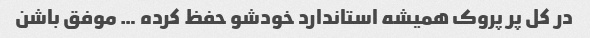
در کل پر پروک همیشه استاندارد خودشو حفظ کرده … موفق باشن